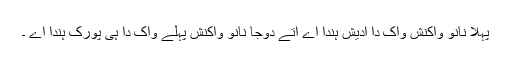
پہلا نانوَ واکنش واک دا ادیش ہندا اے اتے دوجا نانوَ واکنش پہلے واک دا ہی پورک ہندا اے ۔